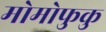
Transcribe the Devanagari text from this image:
मोमोफुकु